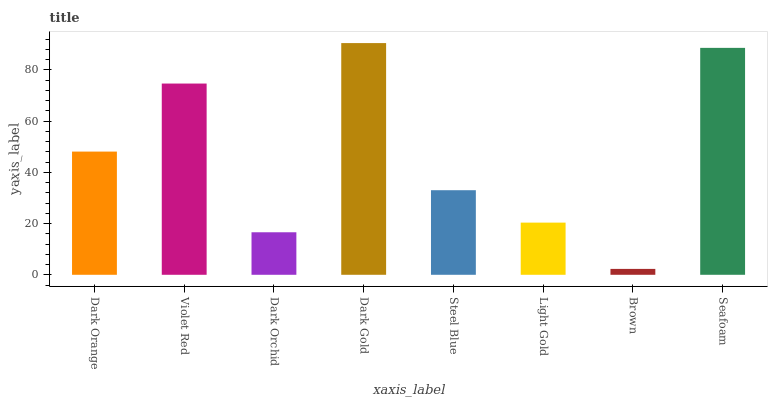
| xaxis_label | bars |
 | --- | --- |
 | Dark Orange | 48.1 |
 | Violet Red | 74.6 |
 | Dark Orchid | 16.6 |
 | Dark Gold | 90.4 |
 | Steel Blue | 33 |
 | Light Gold | 20.4 |
 | Brown | 2.3 |
 | Seafoam | 88.5 |